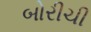
બોરીચી